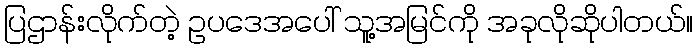
ပြဌာန်းလိုက်တဲ့ ဥပဒေအပေါ် သူ့အမြင်ကို အခုလိုဆိုပါတယ်။